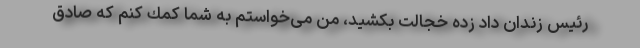
رئیس زندان داد زده خجالت بكشید، من می‌خواستم به شما كمك كنم كه صادق